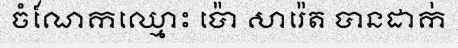
ចំណែកឈ្មោះ ប៉ោ សារ៉េត បានដាក់